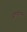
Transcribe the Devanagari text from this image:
जाण्यातच